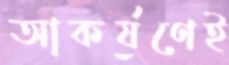
আকর্ষণেই